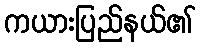
ကယားပြည်နယ်၏